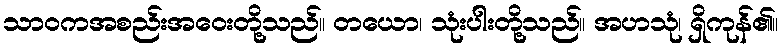
သာဝကအစည်းအဝေးတို့သည်။ တယော၊ သုံးပါးတို့သည်။ အဟသုံ၊ ရှိကုန်၏။